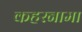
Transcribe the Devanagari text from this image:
कहरनामा